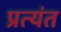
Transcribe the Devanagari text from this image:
प्रत्‍यंत